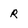
Character: r